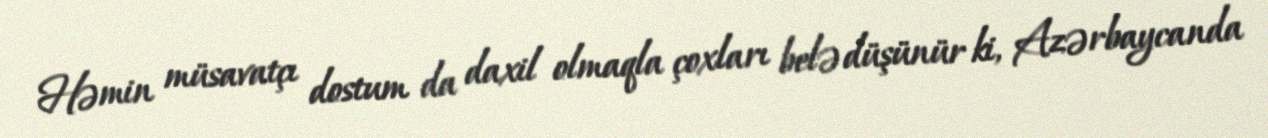
Həmin müsavatçı dostum da daxil olmaqla çoxları belə düşünür ki, Azərbaycanda